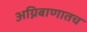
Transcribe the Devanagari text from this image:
अग्निबाणातच